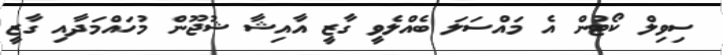
ސިވިލް ކޯޓުން އެ މައްސަލަ ބެއްލެވީ ގާޒީ އާއިޝާ ޝުޖޫން މުހައްމަދާއި ގާޒީ